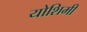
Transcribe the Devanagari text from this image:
योशिमी